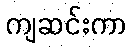
ကျဆင်းကာ